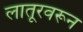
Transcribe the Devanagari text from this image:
लातूरवरून